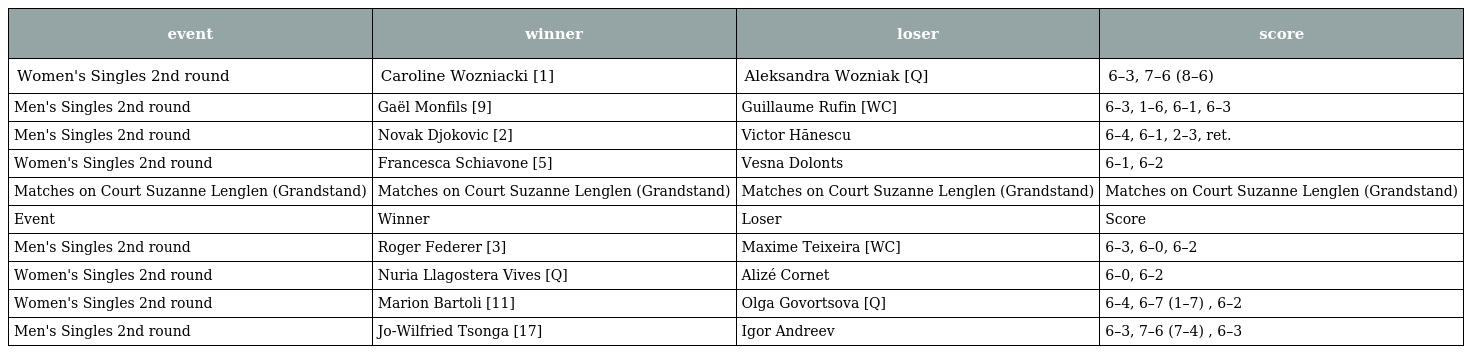
| event | winner | loser | score |
 | --- | --- | --- | --- |
 | Women's Singles 2nd round | Caroline Wozniacki [1] | Aleksandra Wozniak [Q] | 6–3, 7–6 (8–6) |
 | Men's Singles 2nd round | Gaël Monfils [9] | Guillaume Rufin [WC] | 6–3, 1–6, 6–1, 6–3 |
 | Men's Singles 2nd round | Novak Djokovic [2] | Victor Hănescu | 6–4, 6–1, 2–3, ret. |
 | Women's Singles 2nd round | Francesca Schiavone [5] | Vesna Dolonts | 6–1, 6–2 |
 | Matches on Court Suzanne Lenglen (Grandstand) | Matches on Court Suzanne Lenglen (Grandstand) | Matches on Court Suzanne Lenglen (Grandstand) | Matches on Court Suzanne Lenglen (Grandstand) |
 | Event | Winner | Loser | Score |
 | Men's Singles 2nd round | Roger Federer [3] | Maxime Teixeira [WC] | 6–3, 6–0, 6–2 |
 | Women's Singles 2nd round | Nuria Llagostera Vives [Q] | Alizé Cornet | 6–0, 6–2 |
 | Women's Singles 2nd round | Marion Bartoli [11] | Olga Govortsova [Q] | 6–4, 6–7 (1–7) , 6–2 |
 | Men's Singles 2nd round | Jo-Wilfried Tsonga [17] | Igor Andreev | 6–3, 7–6 (7–4) , 6–3 |